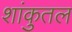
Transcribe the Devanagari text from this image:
शांकुतल